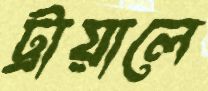
ট্রায়ালে